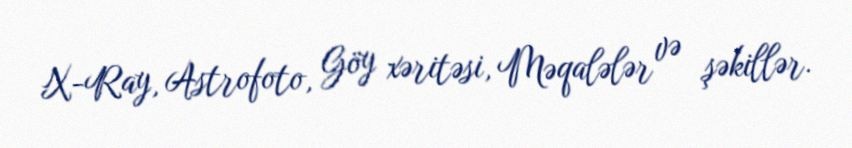
X-Ray, Astrofoto, Göy xəritəsi, Məqalələr və şəkillər.